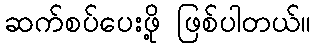
ဆက်စပ်ပေးဖို့ ဖြစ်ပါတယ်။